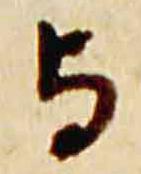
与